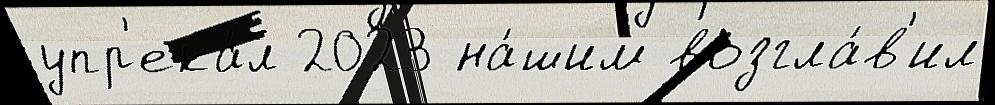
упр'ека́л 2023 на́шим возгла́в'ил